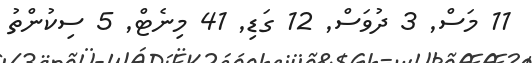
11 މަސް